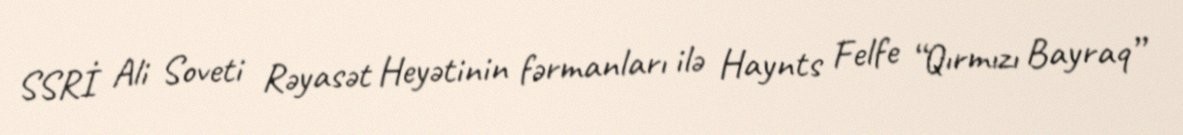
SSRİ Ali Soveti Rəyasət Heyətinin fərmanları ilə Haynts Felfe “Qırmızı Bayraq”